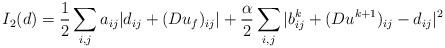
LaTeX: \begin{align*}I_2(d)=\frac{1}{2} \sum_{i,j} a_{ij}|d_{ij}+(D u_f)_{ij}| +\frac{\alpha}{2} \sum_{i,j} | b^k_{ij}+(D u^{k+1})_{ij}-d_{ij} |^2\end{align*}